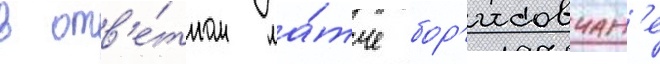
в отв'е́тном ма́тче бор'исовчан'е